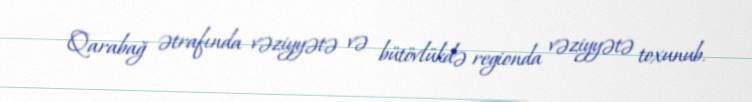
Qarabağ ətrafında vəziyyətə və bütövlükdə regionda vəziyyətə toxunub.